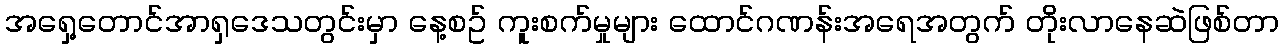
အရှေ့တောင်အာရှဒေသတွင်းမှာ နေ့စဥ် ကူးစက်မှုများ ထောင်ဂဏန်းအရေအတွက် တိုးလာနေဆဲဖြစ်တာ